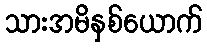
သားအမိနှစ်ယောက်